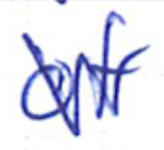
Text: of
Cross-out: zig-zag
Writing tool: ballpoint